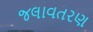
જલાવતરણ